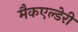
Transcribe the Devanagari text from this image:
मैकएल्डेरी